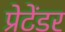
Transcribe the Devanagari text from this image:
प्रेटेंडर